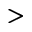
>